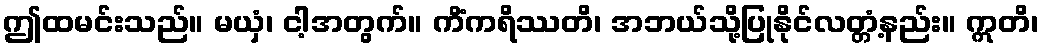
ဤထမင်းသည်။ မယှံ၊ ငါ့အတွက်။ ကိံကရိဿတိ၊ အဘယ်သို့ပြုနိုင်လတ္တံ့နည်း။ ဣတိ၊